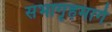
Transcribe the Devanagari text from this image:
सभागृहमार्गे